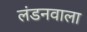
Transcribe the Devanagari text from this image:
लंडनवाला